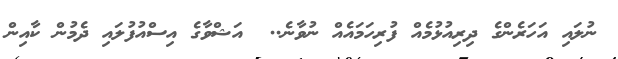
ނުލައި އަހަރެންގެ ދިރިއުޅުމެއް ފުރިހަމައެއް ނުވާނެ..  އަޝްވާގެ އިސްއުފުލައި ދެމުން ކާއިން